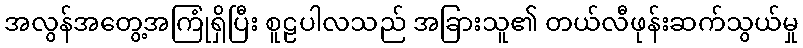
အလွန်အတွေ့အကြုံရှိပြီး စူဠပါလသည် အခြားသူ၏ တယ်လီဖုန်းဆက်သွယ်မှု